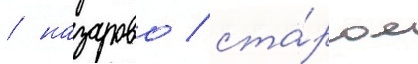
/ назарово / ста́рое